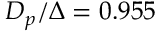
D _ { p } / \Delta = 0 . 9 5 5